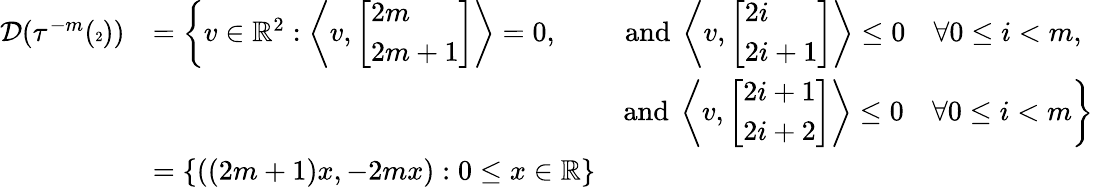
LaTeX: \begin{array}{rlr}{\mathcal{D}(\tau^{-m}({\tiny\begin{array}{c}{2}\end{array}}))}&{=\left\{ v\in\mathbb{R}^{2}:\bigg\langle v,\left[\begin{array}{l}{2m}\\ {2m+1}\end{array}\right]\right\rangle=0,}&{\mathrm{and~}\left\langle v,\left[\begin{array}{l}{2i}\\ {2i+1}\end{array}\right]\right\rangle\leq 0\quad\forall 0\leq i<m,\mathrm{~}}\\ &{}&{\mathrm{and~}\left\langle v,\left[\begin{array}{l}{2i+1}\\ {2i+2}\end{array}\right]\right\rangle\leq 0\quad\forall 0\leq i<m\bigg\} }\\ &{=\{ ((2m+1)x,-2mx):0\leq x\in\mathbb{R}\} }&\end{array}